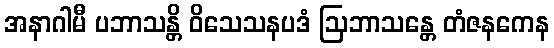
အနာဂါမီ ပဘာသန္တိ ဝိသေသနပဒံ ဩဘာသန္တေ တံဇနကေန